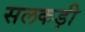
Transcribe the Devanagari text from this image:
सलकड़ी